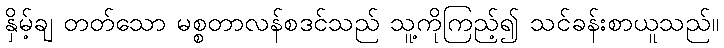
နှိမ့်ချ တတ်သော မစ္စတာလန်စဒင်သည် သူ့ကိုကြည့်၍ သင်ခန်းစာယူသည်။